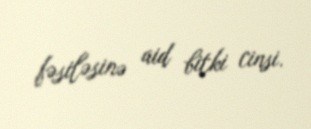
fəsiləsinə aid bitki cinsi.